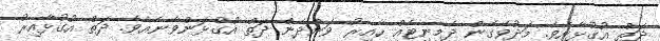
ދަތް އުގުޅާށެވެ. މަދުވެގެން ދެމިނިޓެއް ހާއިރު ވަންދެން ދަތް އުގުޅަންވާނެއެވެ. ދަތް އުގުޅާއިރު